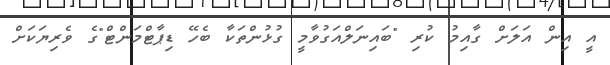
އީ އިން އަލަށް ގާއިމު ކުރި "ބައިނަލްއަގުވާމީ ގުޅުންތަކާ ބެހޭ ޑިޕާޓްމަންޓް"ގެ ވެރިޔަކަށް